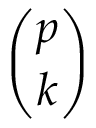
\binom { p } { k }